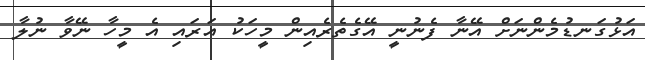
އަޅުގަނޑުމެންނަށް އޭނާ ފެނުނީ އޭގެތެރެއިން މީހަކު އަރައި އެ މީހާ ނޭވާ ނުލާ